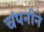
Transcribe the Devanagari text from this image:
चंपनीने